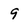
Character: 9